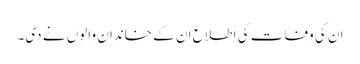
ان کی وفات کی اطلاع ان کے خاندان والوں نے دی۔